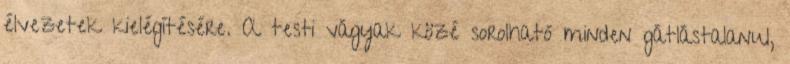
élvezetek kielégítésére. A testi vágyak közé sorolható minden gátlástalanul,